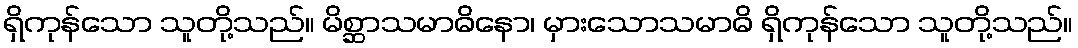
ရှိကုန်သော သူတို့သည်။ မိစ္ဆာသမာဓိနော၊ မှားသောသမာဓိ ရှိကုန်သော သူတို့သည်။